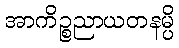
အာကိဉ္စညာယတနမ္ပိ